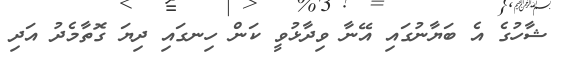
ޝާހުގެ އެ ބަޔާނުގައި އޭނާ ވިދާޅުވީ ކަން ހިނގައި ދިޔަ ގޮތާމެދު އަދި